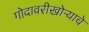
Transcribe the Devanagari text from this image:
गोदावरीखोऱ्याचे